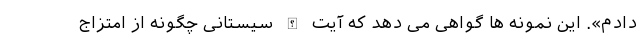
دادم». این نمونه ها گواهی می دهد که آیت الله سیستانی چگونه از امتزاج